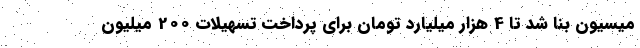
میسیون بنا شد تا 4 هزار میلیارد تومان برای پرداخت تسهیلات 200 میلیون